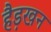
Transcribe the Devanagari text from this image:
हैड़खन